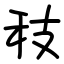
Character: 秓